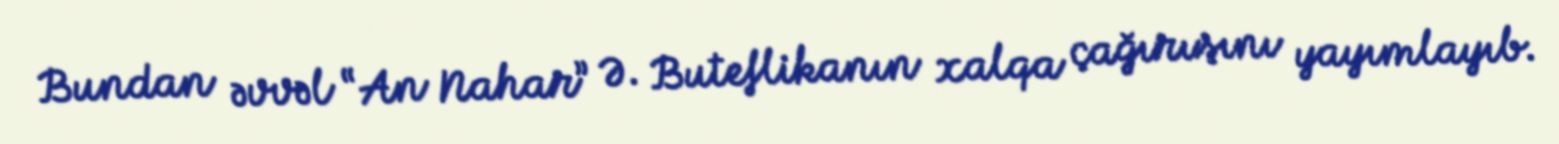
Bundan əvvəl “An Nahar” Ə. Buteflikanın xalqa çağırışını yayımlayıb.